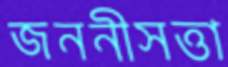
জননীসত্তা